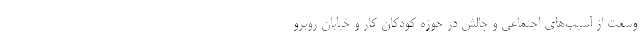
وسعت از آسیب‌‌های اجتماعی و چالش در حوزه کودکان کار و خیابان روبرو